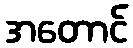
အတောင်